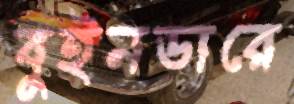
বুইনডারে